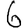
Digit: 6